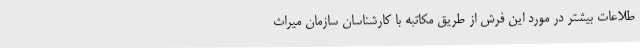
طلاعات بیشتر در مورد این فرش از طریق مکاتبه با کارشناسان سازمان میراث